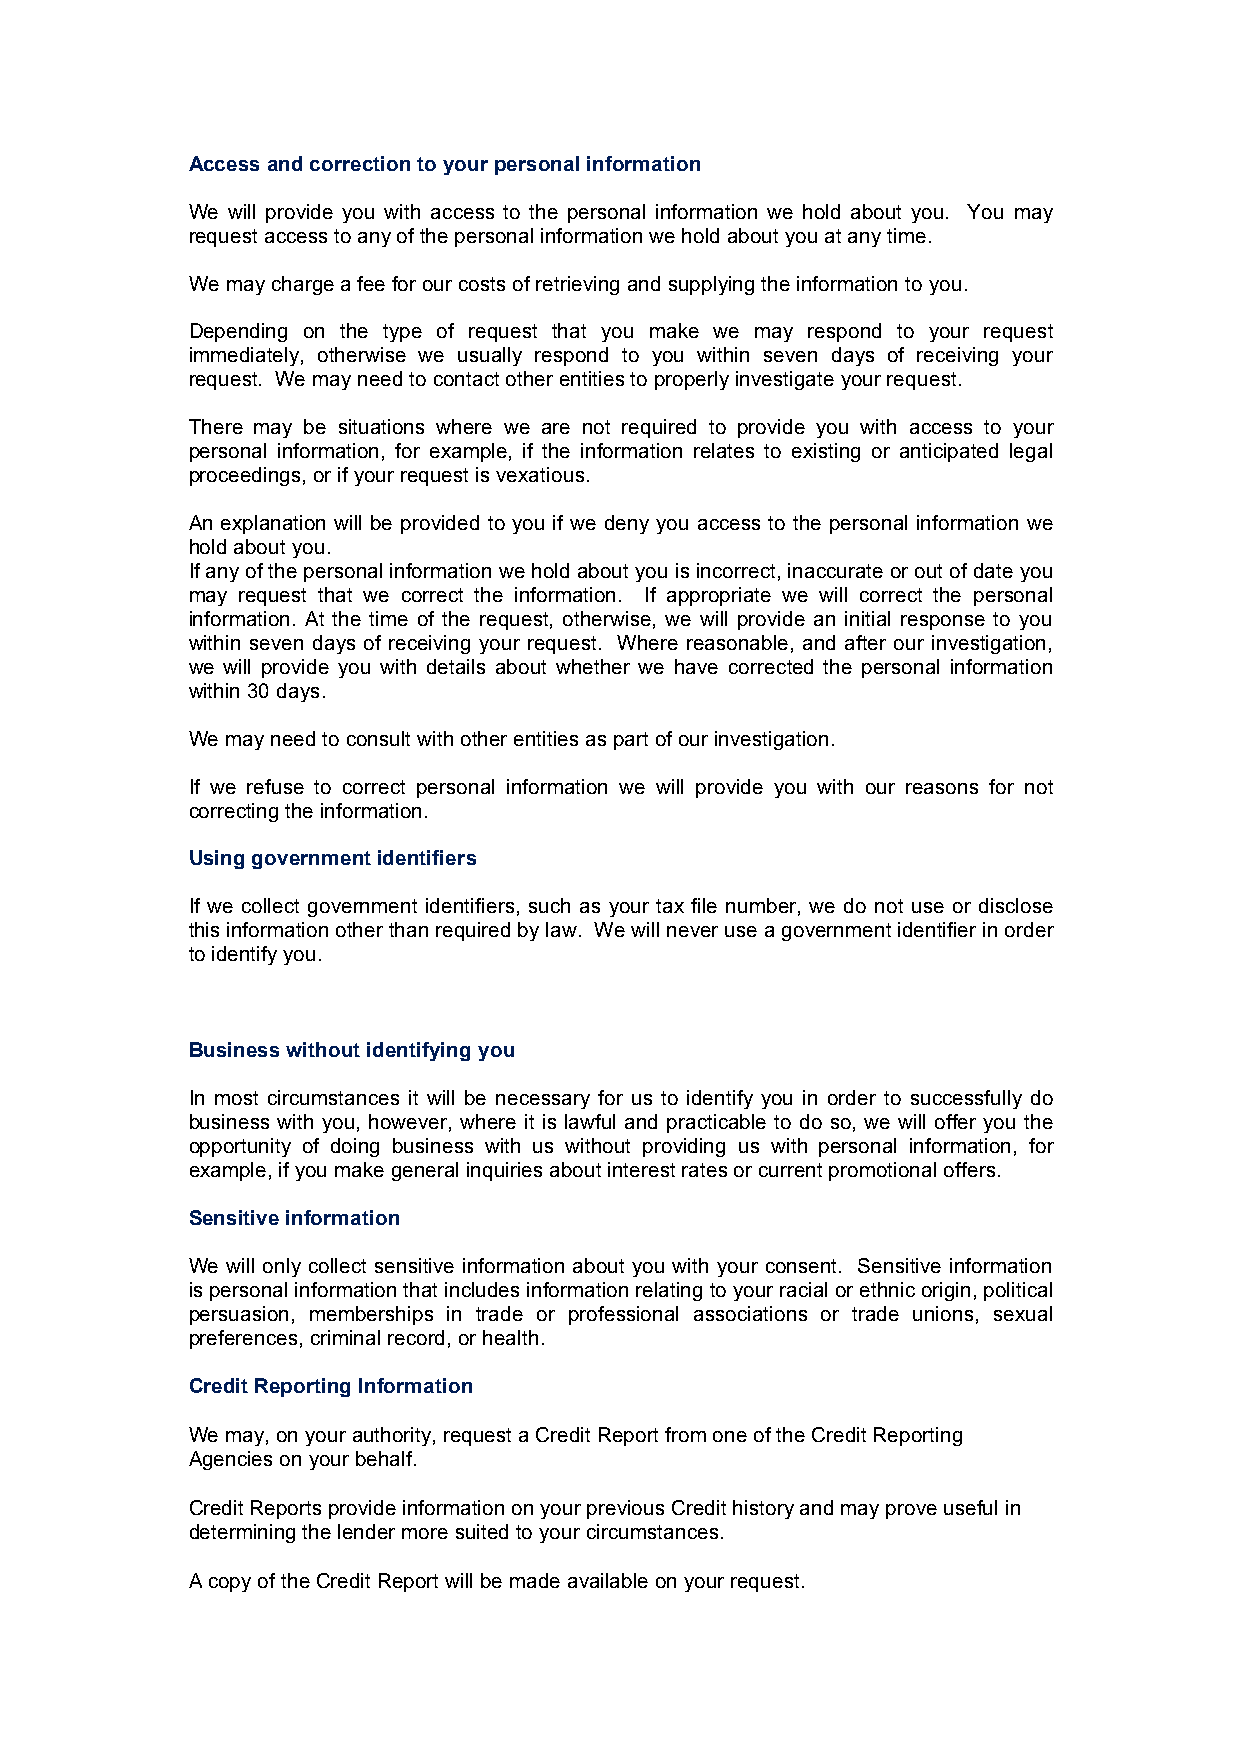
Access and correction to your personal information
 We will provide you with access to the personal information we hold about you. You may
 request access to any of the personal information we hold about you at any time.
 We may charge a fee for our costs of retrieving and supplying the information to you.
 Depending on the type of request that you make we may respond to your request
 immediately, otherwise we usually respond to you within seven days of receiving your
 request. We may need to contact other entities to properly investigate your request.
 There may be situations where we are not required to provide you with access to your
 personal information, for example, if the information relates to existing or anticipated legal
 proceedings, or if your request is vexatious.
 An explanation will be provided to you if we deny you access to the personal information we
 hold about you.
 If any of the personal information we hold about you is incorrect, inaccurate or out of date you
 may request that we correct the information. If appropriate we will correct the personal
 information. At the time of the request, otherwise, we will provide an initial response to you
 within seven days of receiving your request. Where reasonable, and after our investigation,
 we will provide you with details about whether we have corrected the personal information
 within 30 days.
 We may need to consult with other entities as part of our investigation.
 If we refuse to correct personal information we will provide you with our reasons for not
 correcting the information.
 Using government identifiers
 If we collect government identifiers, such as your tax file number, we do not use or disclose
 this information other than required by law. We will never use a government identifier in order
 to identify you.
 Business without identifying you
 In most circumstances it will be necessary for us to identify you in order to successfully do
 business with you, however, where it is lawful and practicable to do so, we will offer you the
 opportunity of doing business with us without providing us with personal information, for
 example, if you make general inquiries about interest rates or current promotional offers.
 Sensitive information
 We will only collect sensitive information about you with your consent. Sensitive information
 is personal information that includes information relating to your racial or ethnic origin, political
 persuasion, memberships in trade or professional associations or trade unions, sexual
 preferences, criminal record, or health.
 Credit Reporting Information
 We may, on your authority, request a Credit Report from one of the Credit Reporting
 Agencies on your behalf.
 Credit Reports provide information on your previous Credit history and may prove useful in
 determining the lender more suited to your circumstances.
 A copy of the Credit Report will be made available on your request.